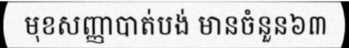
មុខសញ្ញាបាត់បង់ មានចំនួន៦៣